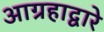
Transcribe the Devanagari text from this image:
आग्रहाद्वारे